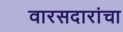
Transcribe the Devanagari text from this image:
वारसदारांचा